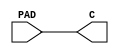
//Title       : 
//Description : 
//Notes       : 
//----------------------------------------------------------------------
//   Copyright 1999-2010 Cadence Design Systems, Inc.
//   All Rights Reserved Worldwide
//
//   Licensed under the Apache License, Version 2.0 (the
//   "License"); you may not use this file except in
//   compliance with the License.  You may obtain a copy of
//   the License at
//
//       http://www.apache.org/licenses/LICENSE-2.0
//
//   Unless required by applicable law or agreed to in
//   writing, software distributed under the License is
//   distributed on an "AS IS" BASIS, WITHOUT WARRANTIES OR
//   CONDITIONS OF ANY KIND, either express or implied.  See
//   the License for the specific language governing
//   permissions and limitations under the License.
//----------------------------------------------------------------------
module PDIDGZ (PAD, C);
   input PAD;
   output C;
	assign C = PAD;
endmodule


module PDB04DGZ (I, OEN, PAD, C);
    input I, OEN;
    inout PAD;
    output C;

    bufif0	(PAD, I, OEN);
    buf		(C, PAD);
endmodule


module PDISDGZ (PAD, C);
   input PAD;
   output C;
	assign C = PAD;
endmodule


module PDO04CDG (I, PAD);
    input I;
    output PAD;
	assign PAD = I;
endmodule


module PDT04DGZ (I, OEN, PAD);
    input I, OEN;
    output PAD;
    bufif0	(PAD, I, OEN);
endmodule


module PDB04SDGZ (I, OEN, PAD, C);
    input I, OEN;
    inout PAD;
    output C;

    bufif0	(PAD, I, OEN);
    buf		(C, PAD);
endmodule


module PRB08DGZ (I, OEN, PAD, C);
    input I, OEN;
    inout PAD;
    output C;

    bufif0	(PAD, I, OEN);
    buf		(C, PAD);
endmodule